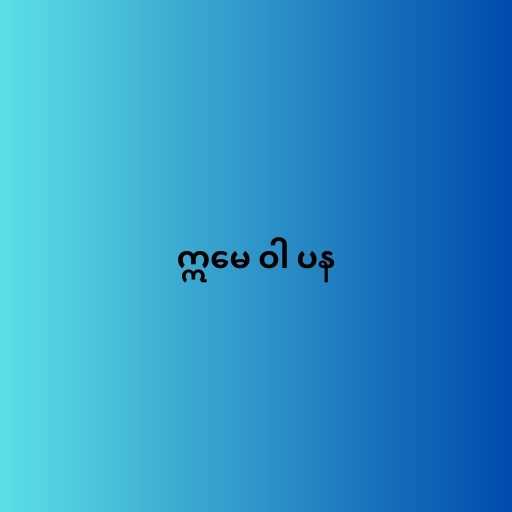
ဣမေ ဝါ ပန